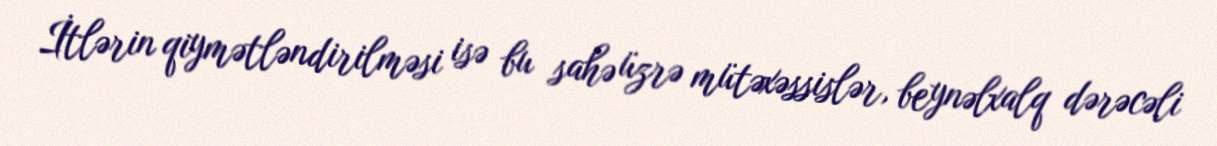
İtlərin qiymətləndirilməsi isə bu sahə üzrə mütəxəssislər, beynəlxalq dərəcəli